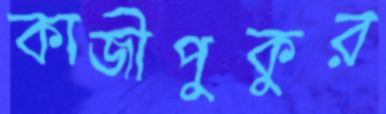
কাজীপুকুর